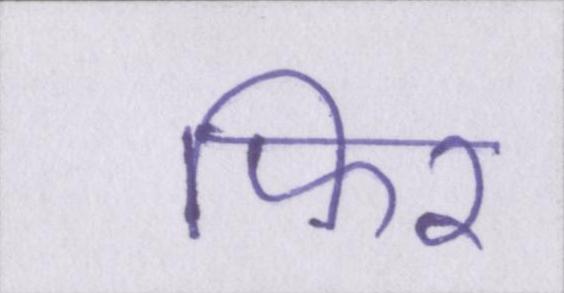
फिर